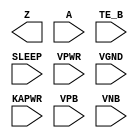
module sky130_fd_sc_lp__busdrivernovlpsleep (
    Z    ,
    A    ,
    TE_B ,
    SLEEP,
    VPWR ,
    VGND ,
    KAPWR,
    VPB  ,
    VNB
);

    output Z    ;
    input  A    ;
    input  TE_B ;
    input  SLEEP;
    input  VPWR ;
    input  VGND ;
    input  KAPWR;
    input  VPB  ;
    input  VNB  ;
endmodule